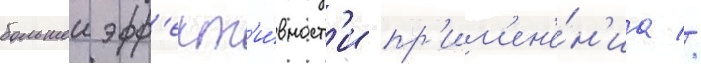
большеи эфф'ект'и́вност'и пр'им'ен'е́н'иа //